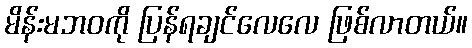
မိန်းမဘဝကို ပြန်ရချင်လေလေ ဖြစ်လာတယ်။